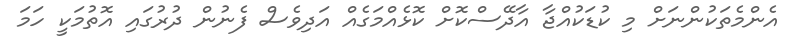
އެންމެތަކުންނަށް މި ކުޑަކުއްޖާ އާދޭސްކޮށް ކޮޅެއްމަގެއް އަދިވެސް ފެނުން ދުރުގައި އޮތުމަކީ ހަމަ